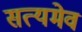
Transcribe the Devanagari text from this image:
सत्‍यमेव